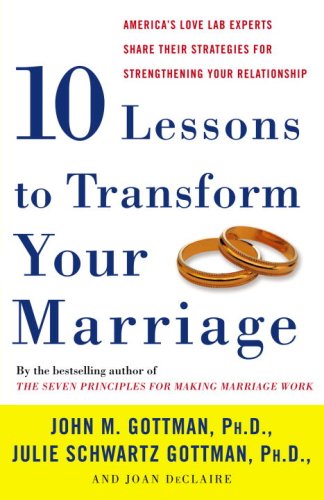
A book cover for Ten Lessons to Transform Your Marriage: America's Love Lab Experts Share Their Strategies for Strengthening Your Relationship; John M. Gottman; Parenting & Relationships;